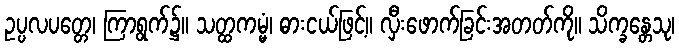
ဥပ္ပလပတ္တေ၊ ကြာရွက်၌။ သတ္ထကမ္မံ၊ ဓားငယ်ဖြင့်။ လှီးဖောက်ခြင်းအတတ်ကို။ သိက္ခန္တေသု၊